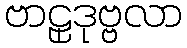
ဗာဠှဒုဗ္ဗလာ